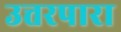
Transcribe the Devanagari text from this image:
उत्तरपारा